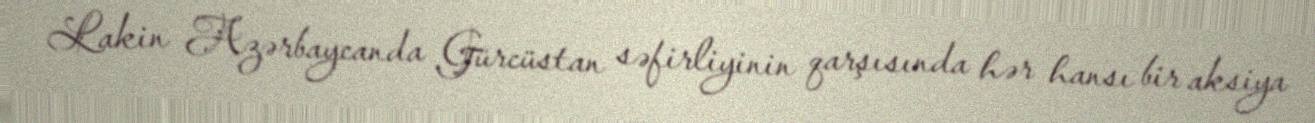
Lakin Azərbaycanda Gürcüstan səfirliyinin qarşısında hər hansı bir aksiya